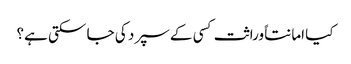
کیا امانتاً وراثت کسی کے سپرد کی جا سکتی ہے؟